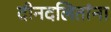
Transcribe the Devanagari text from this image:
दीनदलितांना